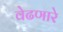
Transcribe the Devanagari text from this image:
वेढणारे